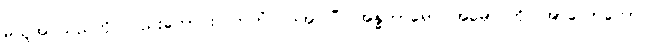
မယူအပ်သည်ကို လည်းကောင်း။ ကတံ၊ ပြုအပ်ပြီ။ အန္ဓကာရော၊ အမှောင်ကို။ အာလောကော၊